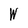
Character: W